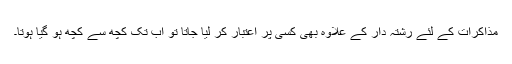
مذاکرات کے لئے رشتہ دار کے علاوہ بھی کسی پر اعتبار کر لیا جاتا تو اب تک کچھ سے کچھ ہو گیا ہوتا۔